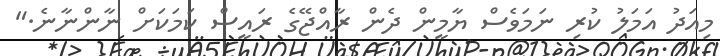
މިއަދު އަމަލު ކުރި ނަމަވެސް ޔާމީން ދެން ރާއްޖޭގެ ރައީސް ކަމަކަށް ނާންނާނެ."